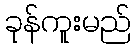
ခုန်ကူးမည်